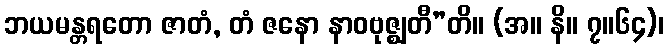
ဘယမန္တရတော ဇာတံ, တံ ဇနော နာဝဗုဇ္ဈတီ”တိ။ (အ။ နိ။ ၇။၆၄)၊